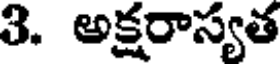
3. అక్షరాస్యత